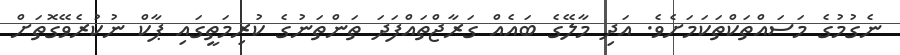
ނެގުމުގެ މަސައްތަކްތަކަމަށެވެ. އަދި މާލޭގެ ބައެއް ގަރާޖްތައްފަދަ ތަންތަނުގެ ކުރިމަތީގައި ޕާކް ނުކުރެވޭގޮތަށް